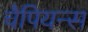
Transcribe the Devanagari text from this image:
चैपियन्स